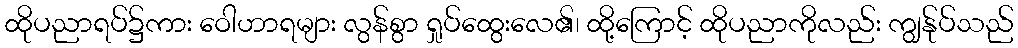
ထိုပညာရပ်၌ကား ဝေါဟာရများ လွန်စွာ ရှုပ်ထွေးလေ၏၊ ထို့ကြောင့် ထိုပညာကိုလည်း ကျွန်ုပ်သည်